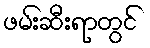
ဖမ်းဆီးရာတွင်